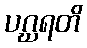
ပဂ္ဃရတိ